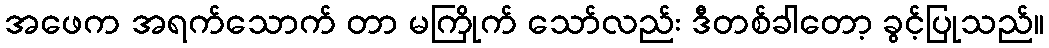
အဖေက အရက်သောက် တာ မကြိုက် သော်လည်း ဒီတစ်ခါတော့ ခွင့်ပြုသည်။